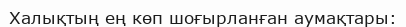
Халықтың ең көп шоғырланған аумақтары: